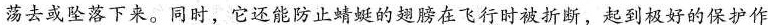
荡去或坠落下来。同时，它还能防止蜻蜓的翅膀在飞行时被折断，起到极好的保护作